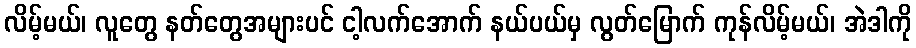
လိမ့်မယ်၊ လူတွေ နတ်တွေအများပင် ငါ့လက်အောက် နယ်ပယ်မှ လွတ်မြောက် ကုန်လိမ့်မယ်၊ အဲဒါကို